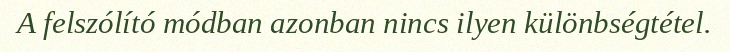
A felszólító módban azonban nincs ilyen különbségtétel.